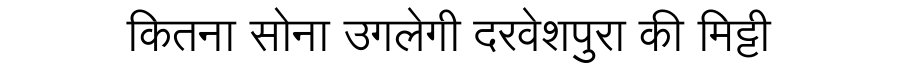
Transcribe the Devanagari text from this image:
कितना सोना उगलेगी दरवेशपुरा की मिट्टी